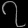
Digit: ၇